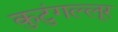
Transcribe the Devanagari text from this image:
कुटुंगल्लूर